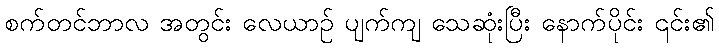
စက်တင်ဘာလ အတွင်း လေယာဉ် ပျက်ကျ သေဆုံးပြီး နောက်ပိုင်း ၎င်း၏